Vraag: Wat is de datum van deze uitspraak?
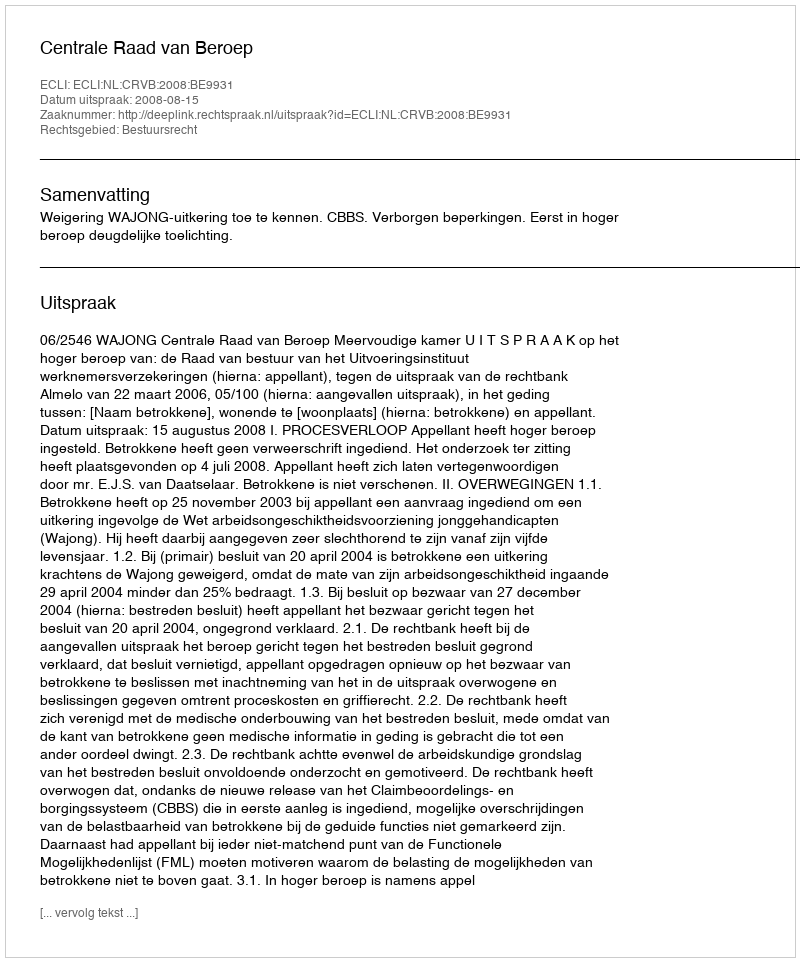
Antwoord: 2008-08-15